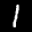
Label: 1